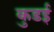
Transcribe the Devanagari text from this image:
कुडई